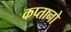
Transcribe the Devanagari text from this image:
कप्तानो